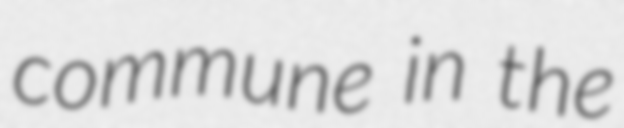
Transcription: commune in the